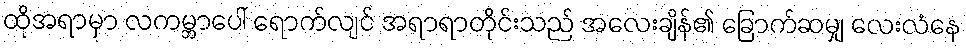
ထိုအရာမှာ လကမ္ဘာပေါ် ရောက်လျင် အရာရာတိုင်းသည် အလေးချိန်၏ ခြောက်ဆမျှ လေးလံနေ